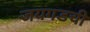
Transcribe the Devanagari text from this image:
जयगडची